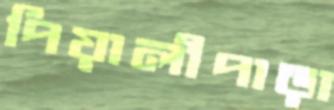
পিয়ালীপাড়া